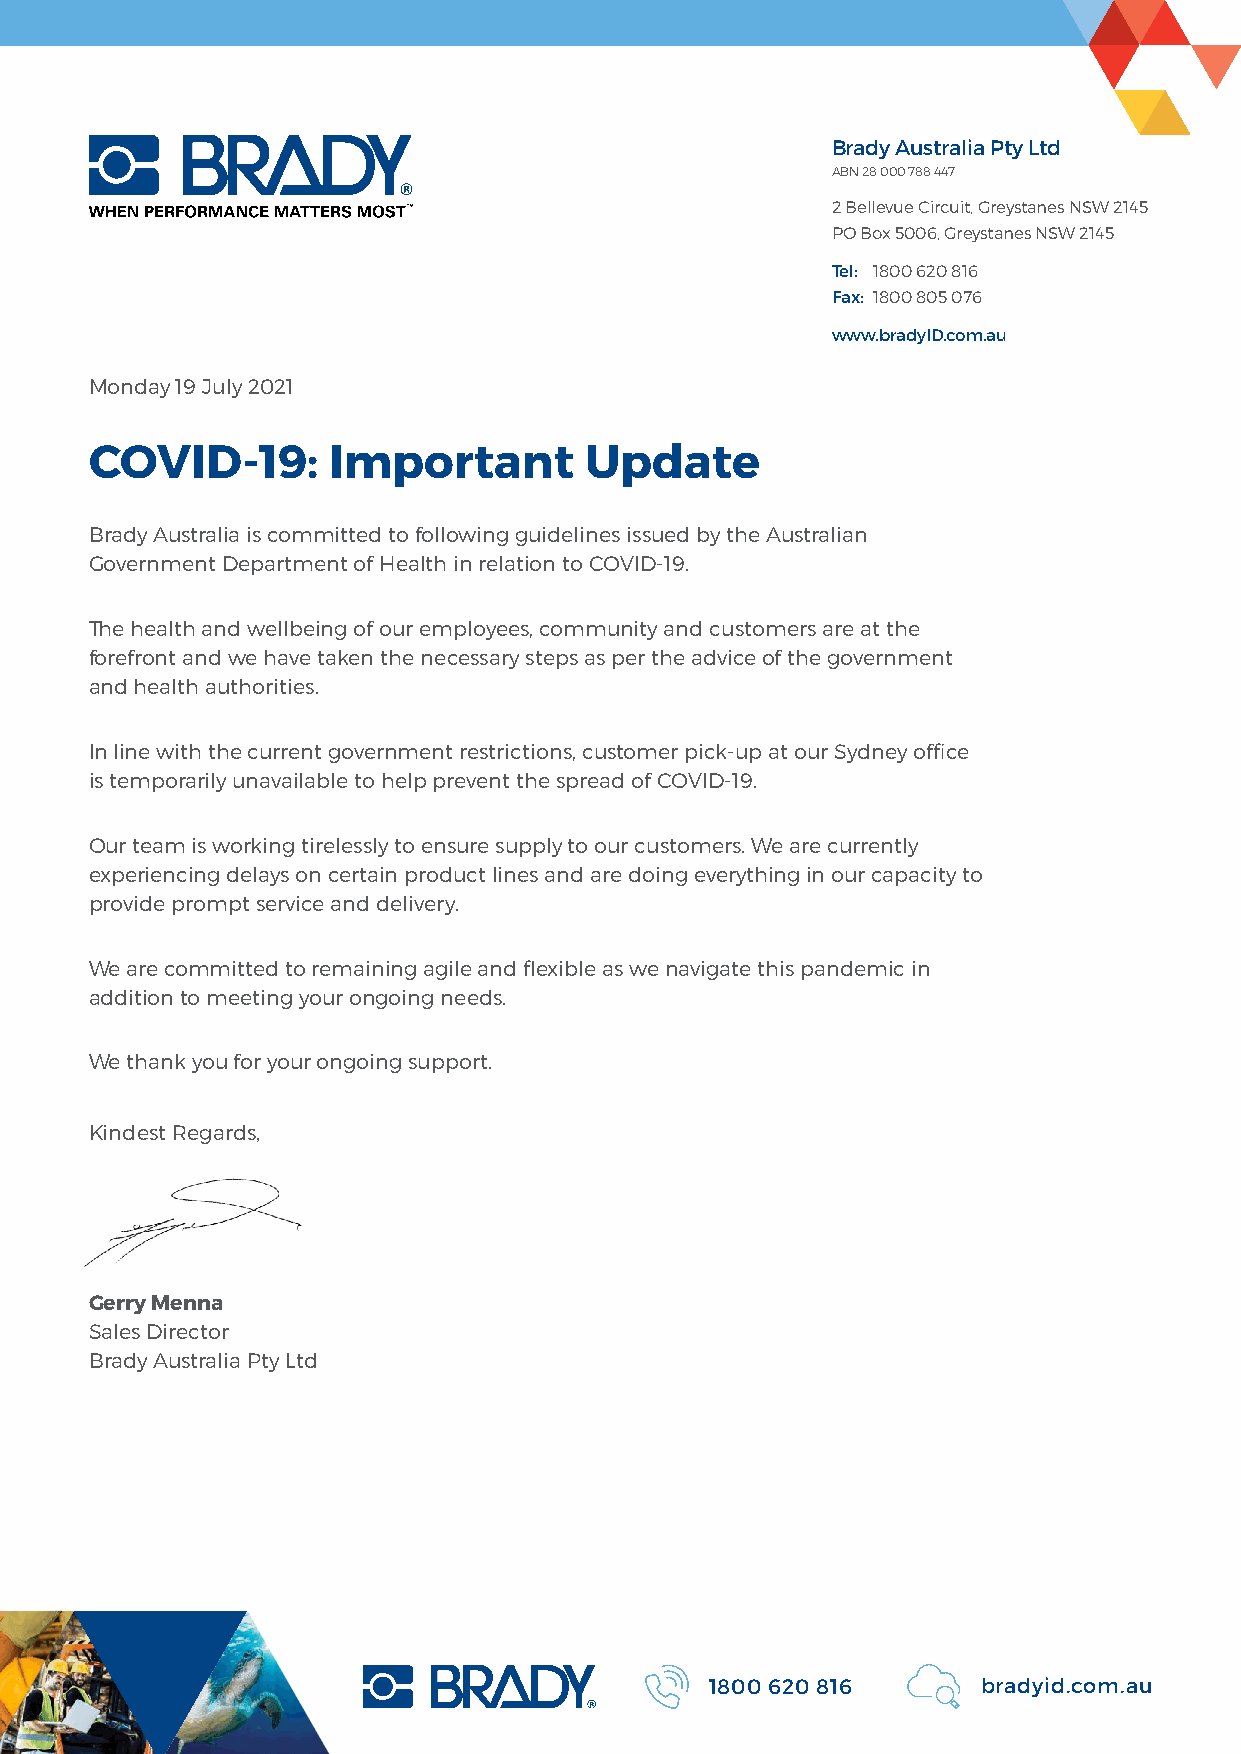
Brady Australia Pty Ltd
 ABN 28 000 788 447
 2 Bellevue Circuit, Greystanes NSW 2145
 PO Box 5006, Greystanes NSW 2145
 Tel: 1800 620 816
 Fax: 1800 805 076
 www.bradyID.com.au
 Monday 19 July 2021
 COVID-19:       Important        Update
 Brady Australia is committed to following guidelines issued by the Australian
 Government Department of Health in relation to COVID-19.
 The health and wellbeing of our employees, community and customers are at the
 forefront and we have taken the necessary steps as per the advice of the government
 and health authorities.
 In line with the current government restrictions, customer pick-up at our Sydney office
 is temporarily unavailable to help prevent the spread of COVID-19.
 Our team is working tirelessly to ensure supply to our customers. We are currently
 experiencing delays on certain product lines and are doing everything in our capacity to
 provide prompt service and delivery.
 We are committed to remaining agile and flexible as we navigate this pandemic in
 addition to meeting your ongoing needs.
 We thank you for your ongoing support.
 Kindest Regards,
 Gerry Menna
 Sales Director
 Brady Australia Pty Ltd
 1800 620 816      bradyid.com.au